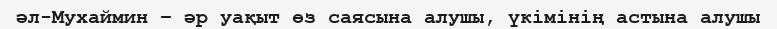
әл-Мухаймин – әр уақыт өз саясына алушы, үкімінің астына алушы